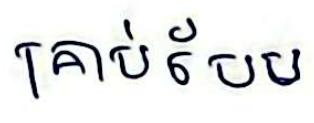
គ្រាប់បែប